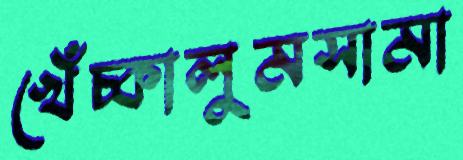
খেঁচ্‌কালুমসামা